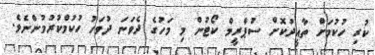
ކުރި ހުކުމަށް ތާއީދުކޮށް ސުޕްރީމް ކޯޓުން މި މަހުގެ ދެވަނަ ދުވަހު ހުކުމްކުރުމުންނެވެ.